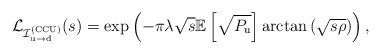
LaTeX: \begin{align*}\mathcal{L}_{\mathcal{I}^{({\rm CCU})}_{\rm u \rightarrow d}}(s)= \exp\left( - \pi \lambda \sqrt{s} \mathbb{E}\left[ \sqrt{P_{\rm{u}}}\right] \arctan \left(\sqrt{ s\rho} \right) \right),\end{align*}